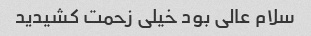
سلام عالی بود خیلی زحمت کشیدید